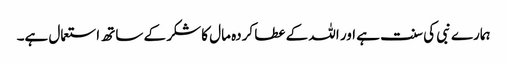
ہمارے نبی کی سنت ہے اور اللہ کے عطا کردہ مال کا شکر کے ساتھ استعمال ہے۔